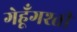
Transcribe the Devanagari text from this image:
गेहूँगश्ती